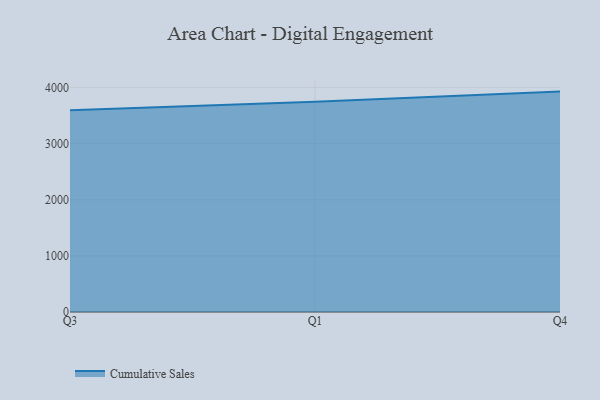
{"axis": {"x": "Quarter", "y": "Temperature (°C)"}, "legend": ["Cumulative Sales"], "data": [{"x": "Q3", "y": 3593.2, "type": "Cumulative Sales"}, {"x": "Q1", "y": 3743.3, "type": "Cumulative Sales"}, {"x": "Q4", "y": 3925.3, "type": "Cumulative Sales"}]}